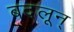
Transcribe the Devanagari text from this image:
बदलून्